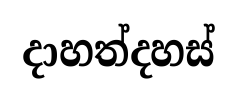
දාහත්දහස්